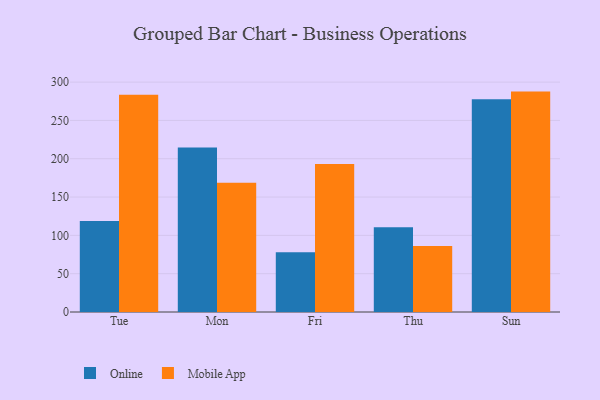
{"axis": {"x": "Day", "y": "Latency (ms)"}, "legend": ["Mobile App", "Online"], "data": [{"x": "Tue", "y": 118.7, "type": "Online"}, {"x": "Tue", "y": 283.5, "type": "Mobile App"}, {"x": "Mon", "y": 214.5, "type": "Online"}, {"x": "Mon", "y": 168.7, "type": "Mobile App"}, {"x": "Fri", "y": 78.0, "type": "Online"}, {"x": "Fri", "y": 193.2, "type": "Mobile App"}, {"x": "Thu", "y": 110.7, "type": "Online"}, {"x": "Thu", "y": 86.1, "type": "Mobile App"}, {"x": "Sun", "y": 277.5, "type": "Online"}, {"x": "Sun", "y": 287.6, "type": "Mobile App"}]}